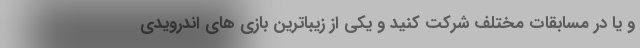
و یا در مسابقات مختلف شرکت کنید و یکی از زیباترین بازی های اندرویدی